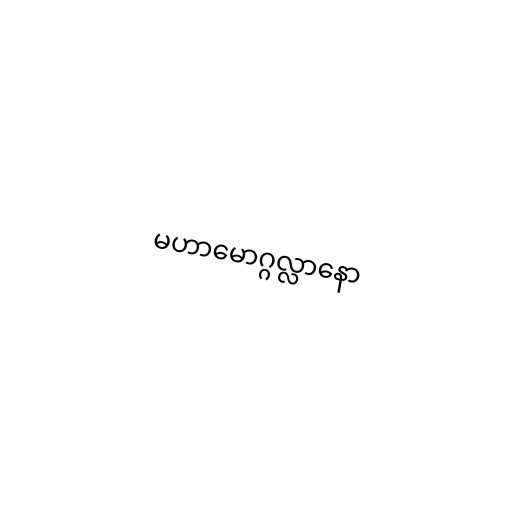
မဟာမောဂ္ဂလ္လာနော